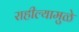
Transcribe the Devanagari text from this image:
राहील्यामुळे